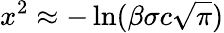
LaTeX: x^{2}\approx-\ln(\beta\sigma c\sqrt{\pi})